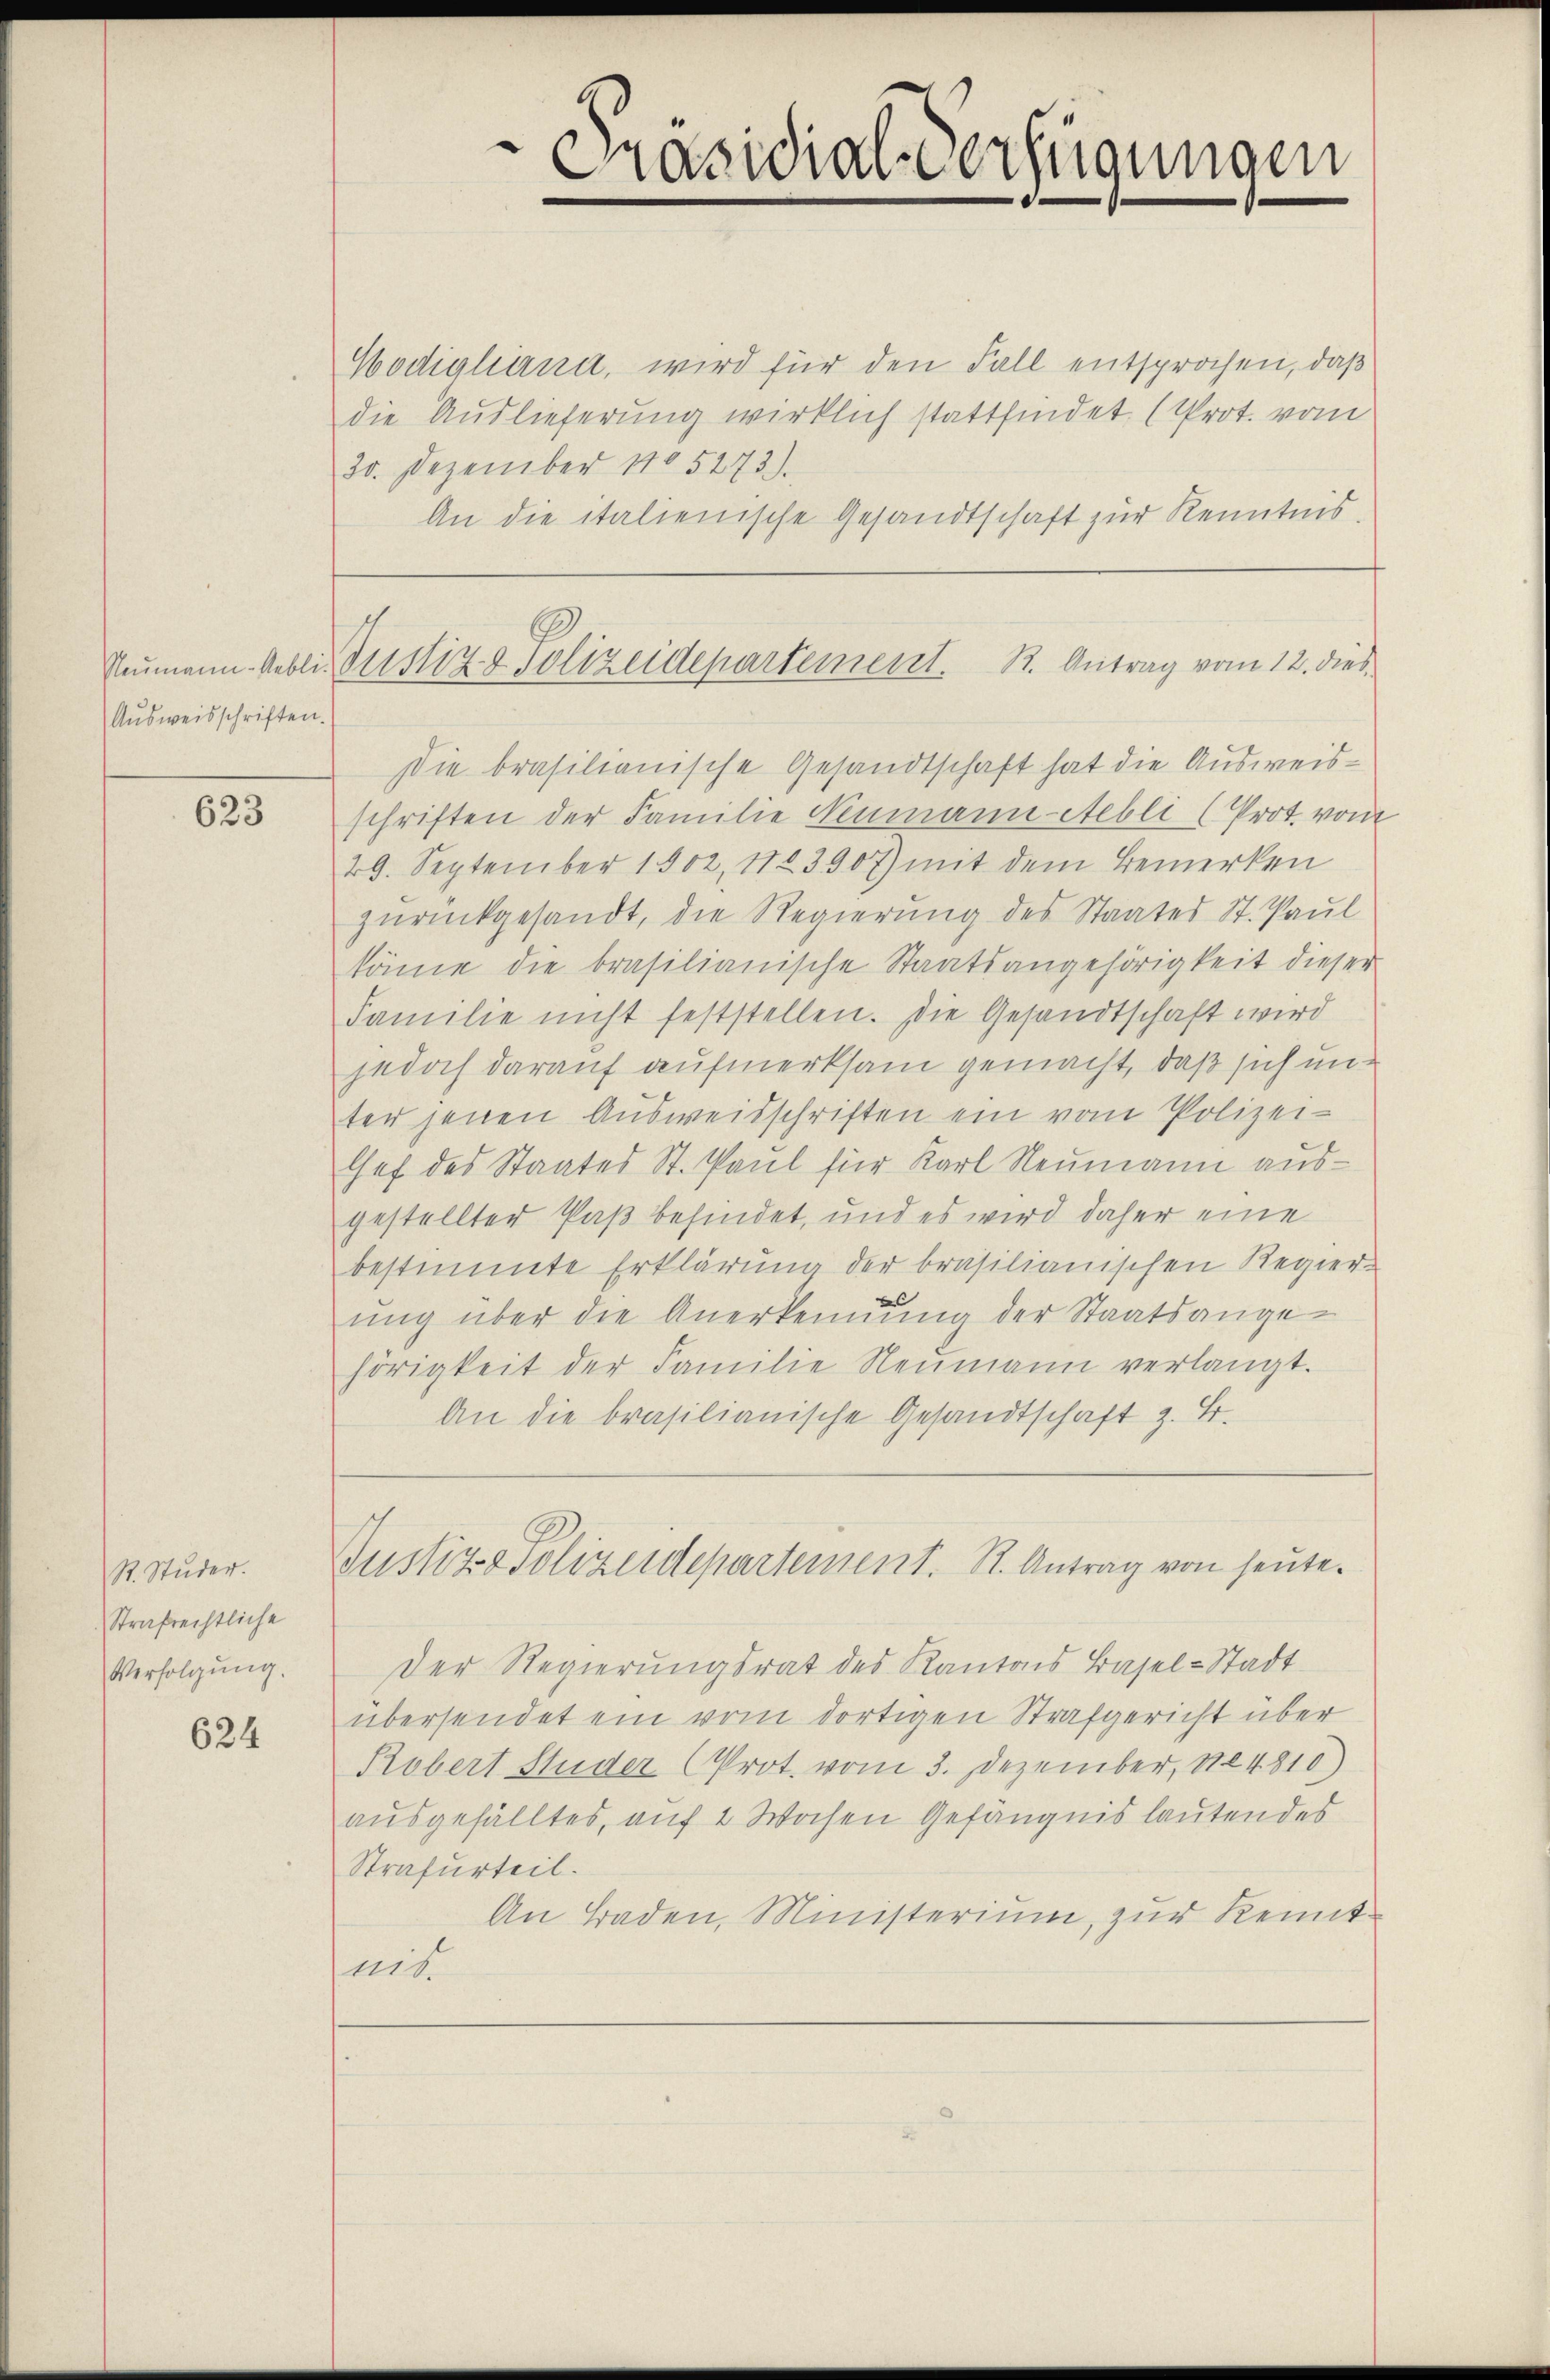
Neumann-Uebli
Ausweisschriften.

623

R. Studer.
Strafrechtliche
Verfolgung.

624

Hodigliana, wird für den Fall entsprochen, daß
die Auslieferung wirklich stattfindet (Prot. vom
20. Dezember 1805273).
An die italienische Gesandtschaft zur Kenntnis.
Die brasilianische Gesandtschaft hat die Ausweisschriften der Familie Neumann-Aebli (Prot. von
29. September 1902, 112 3907) mit dem Bemerken
zurückgesandt, die Regierung des Staates St. Paul
könne die brasilianische Staatsangehörigkeit dieser
Familie nicht feststellen. Die Gesandtschaft wird
jedoch darauf aufmerksam gemacht, daß sich unter jenen Ausweisschriften ein vom Polizei-
Chef des Staates St. Paul für Karl Neumann ausgestellter Paß befindet, und es wird daher eine
bestimmte Erklärung der brasilianischen Regier-
ung über die Anerkennung der Staatsangehörigkeit der Familie Neumann verlangt.
An die brasilianische Gesandtschaft z. B.

Präsidial-Verfügungen

Justiz & Polizeidepartement. B. Antrag vom 12. dies

Justiz - Polizeidepartement. St. Antrag von heute.

Der Regierungsrat des Kantons Basel-Stadt
übersendet ein vom dortigen Strafgericht über
Robert Studer Prot. vom 3. Dezember, 1824810)
ausgefälltes, auf 2 Wochen Gefängnis lautendes
Strafurteil.
An Baden, Ministerium, zur Kennt
nis